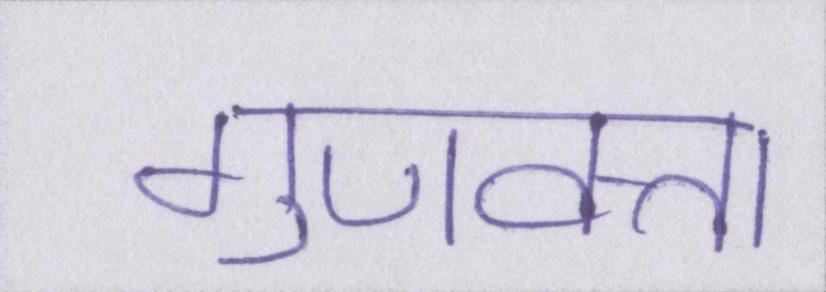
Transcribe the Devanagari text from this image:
गुणवत्ता